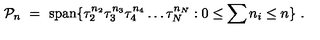
{ \cal P } _ { n } \ = \ \mathrm { s p a n } \{ \tau _ { 2 } ^ { n _ { 2 } } \tau _ { 3 } ^ { n _ { 3 } } \tau _ { 4 } ^ { n _ { 4 } } \ldots \tau _ { N } ^ { n _ { N } } : 0 \leq \sum n _ { i } \leq n \} \ .